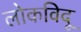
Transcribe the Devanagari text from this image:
लोकविदू